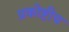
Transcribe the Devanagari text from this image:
प्रकोष्टीय